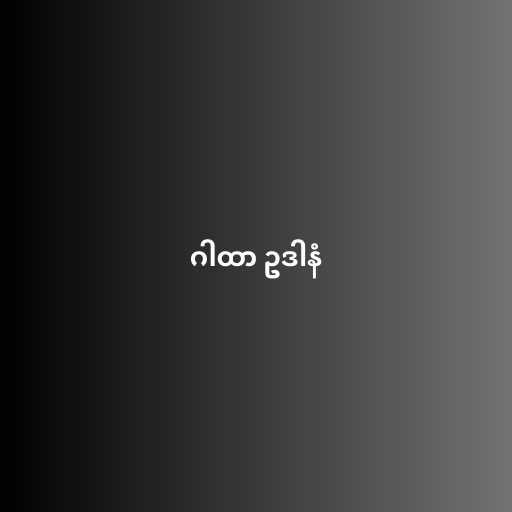
ဂါထာ ဥဒါနံ